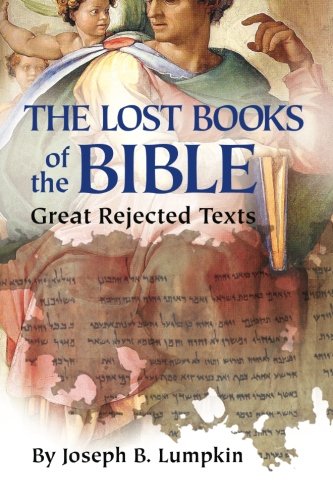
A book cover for Lost Books of the Bible: The Great Rejected Texts; Joseph B. Lumpkin; Christian Books & Bibles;